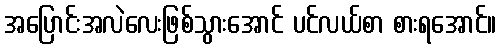
အပြောင်းအလဲလေးဖြစ်သွားအောင် ပင်လယ်စာ စားရအောင်။